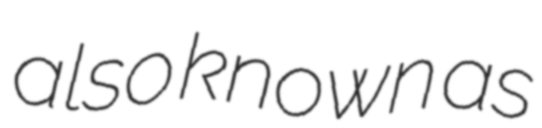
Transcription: also known as